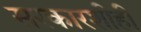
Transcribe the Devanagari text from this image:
सरकारशीही